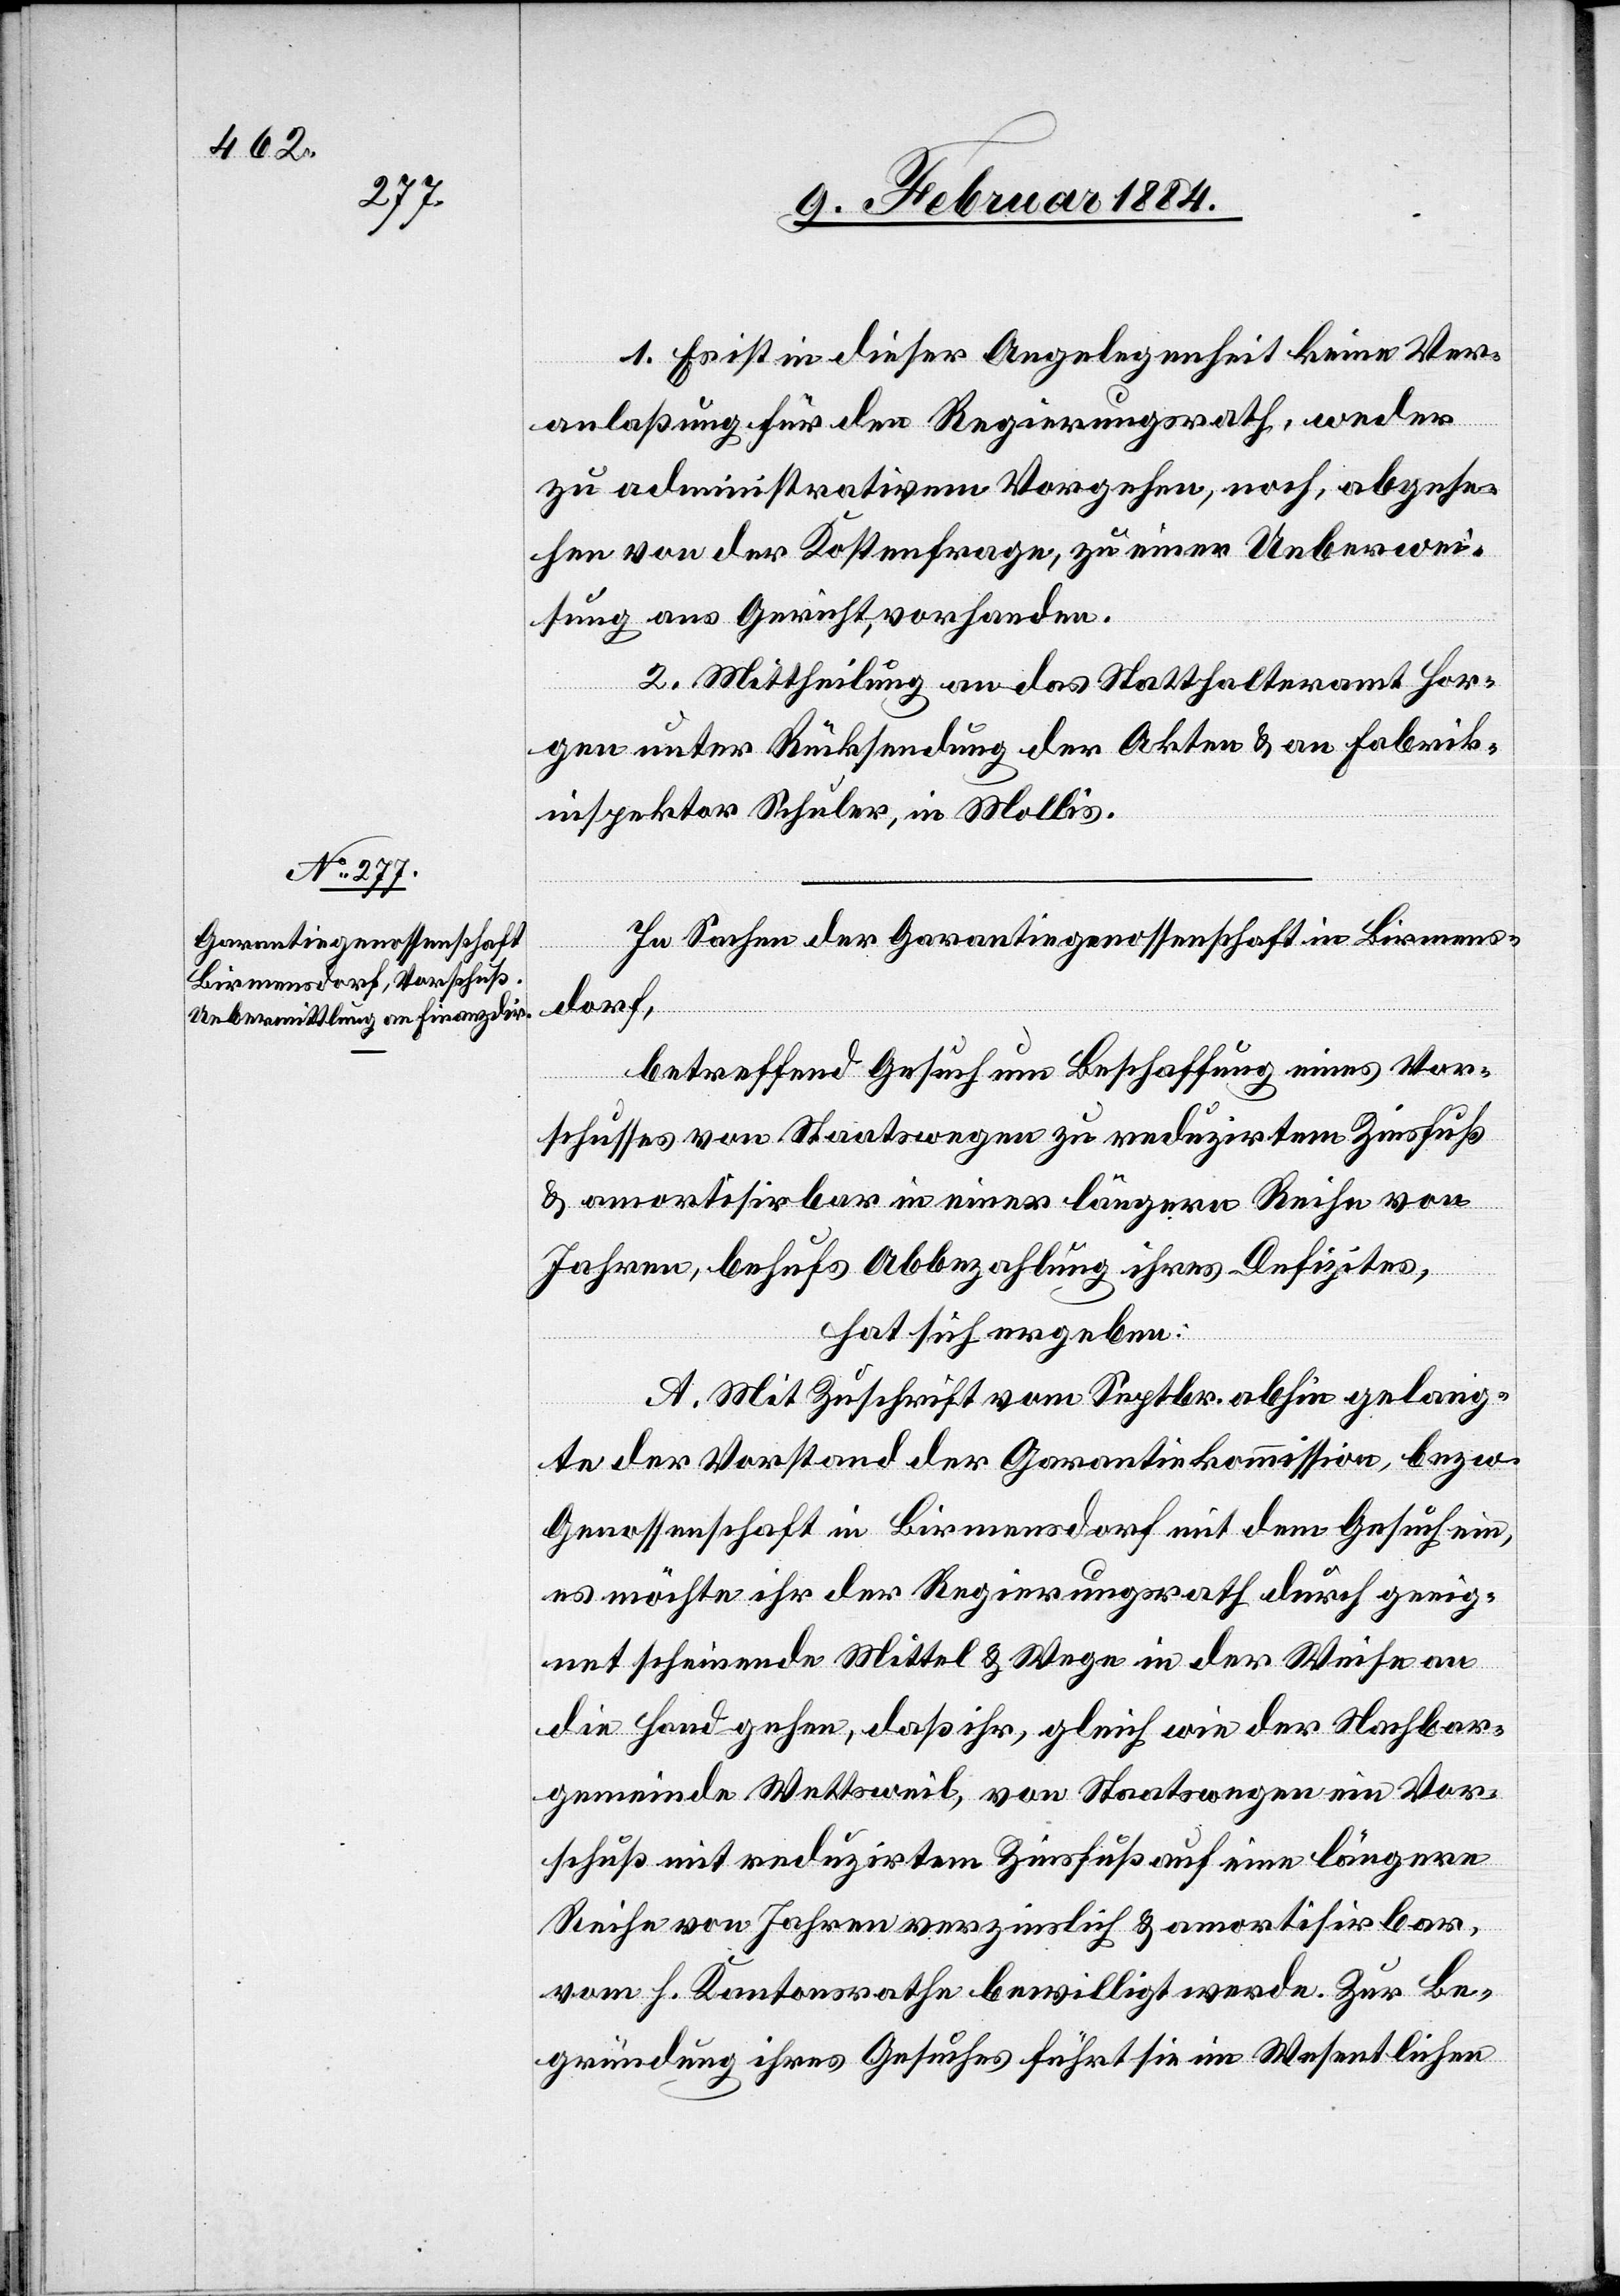
1. Es ist in dieser Angelegenheit keine Ver¬
anlaßung für den Regierungsrath, weder
zu administrativem Vorgehen, noch, abgese¬
hen von der Kostenfrage, zu einer Ueberwei¬
sung ans Gericht, vorhanden.
2. Mittheilung an das Statthalteramt Hor¬
gen unter Rücksendung der Akten & an Fabrik¬
inspektor Schuler, in Mollis.
In Sachen der Garantiegenossenschaft in Birmens¬
dorf,
betreffend Gesuch um Beschaffung eines Vor¬
schusses von Staatswegen zu reduzirtem Zinsfuß
& amortisirbar in einer längern Reihe von
Jahren, behufs Abbezahlung ihres Defizites,
hat sich ergeben:
A. Mit Zuschrift vom Septbr. abhin gelang¬
te der Vorstand der Garantiekommission, bzw.
Genossenschaft in Birmensdorf mit dem Gesuch ein,
es möchte ihr der Regierungsrath durch geeig¬
net scheinende Mittel & Wege in der Weise an
die Hand gehen, daß ihr, gleich wie der Nachbar¬
gemeinde Wettsweil, von Staatswegen ein Vor¬
schuß mit reduzirtem Zinsfuß eine längere
Reihe von Jahren verzinslich & amortisirbar,
vom h. Kantonsrathe bewilligt werde. Zur Be¬
gründung ihres Gesuches führt sie im Wesentlichen